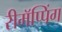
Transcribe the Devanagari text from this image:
रीमॅप्पिंग